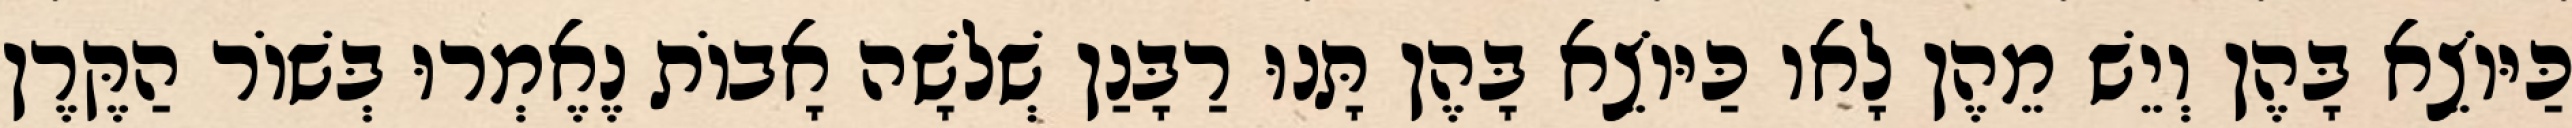
כַּיּוֹצֵא בָּהֶן וְיֵשׁ מֵהֶן לָאו כַּיּוֹצֵא בָּהֶן תָּנוּ רַבָּנַן שְׁלֹשָׁה אָבוֹת נֶאֶמְרוּ בְּשׁוֹר הַקֶּרֶן